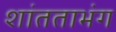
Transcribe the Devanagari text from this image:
शांतताभंग